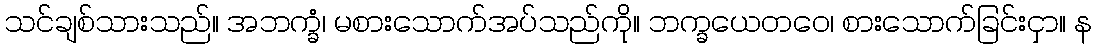
သင်ချစ်သားသည်။ အဘက္ခံ၊ မစားသောက်အပ်သည်ကို။ ဘက္ခယေတဝေ၊ စားသောက်ခြင်းငှာ။ န